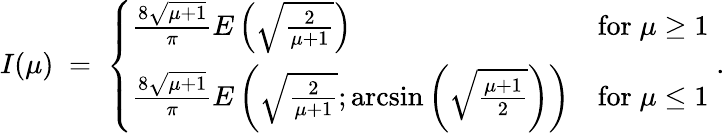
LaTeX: I(\mu)\; =\; \left\{ \begin{array}{ll}{{\frac{8\sqrt{\mu+1}}{\pi}E\left(\sqrt{\frac{2}{\mu+1}}\right)}}&{{\mathrm{for}\; \mu\geq 1}}\\ {{\frac{8\sqrt{\mu+1}}{\pi}E\left(\sqrt{\frac{2}{\mu+1}};\arcsin\left(\sqrt{\frac{\mu+1}{2}}\right)\right)}}&{{\mathrm{for}\; \mu\leq 1}}\end{array}\right.\; .